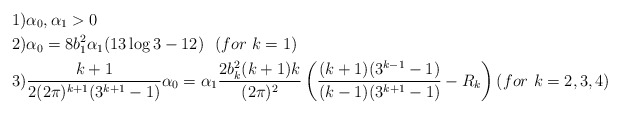
\begin{align*}&1) \alpha_{0},\alpha_{1}>0\\&2) \alpha_{0}=8b_{1}^{2}\alpha_{1}(13\log3-12)\ \ (for\ k=1)\\&3)\frac{k+1}{2(2\pi)^{k+1}(3^{k+1}-1)}\alpha_{0}=\alpha_{1}\frac{2b_{k}^{2}(k+1)k}{(2\pi)^{2}}\left(\frac{(k+1)(3^{k-1}-1)}{(k-1)(3^{k+1}-1)}-R_{k}\right) (for\ k=2,3,4)\end{align*}